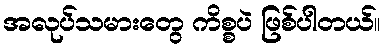
အလုပ်သမားတွေ ကိစ္စပဲ ဖြစ်ပါတယ်။